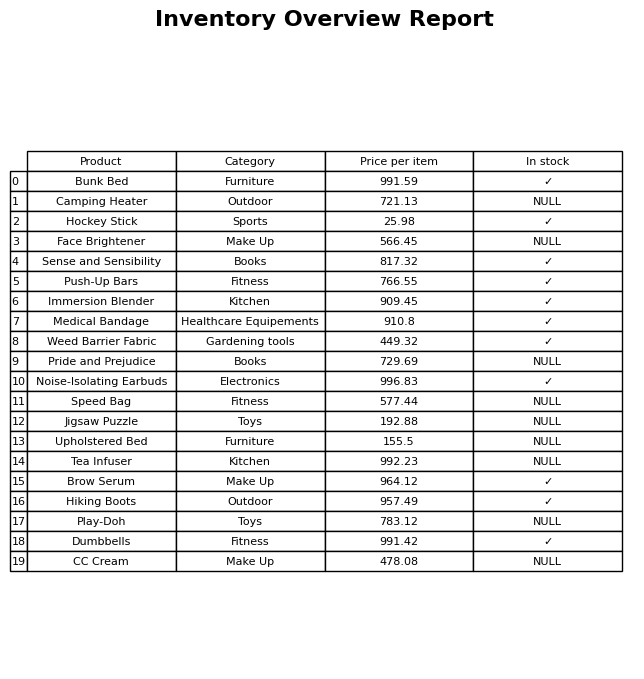
question: What is the price for Bunk Bed?
answer: The price of Bunk Bed is 991.59.